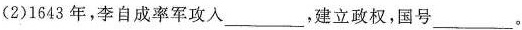
(2)1643年，李自成率军攻入___，建立政权，国号___。